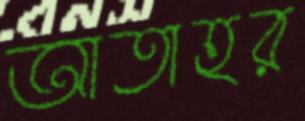
আতাহর